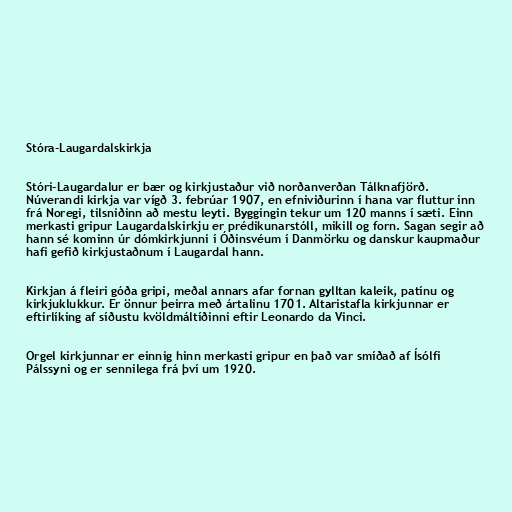
Stóra-Laugardalskirkja

Stóri-Laugardalur er bær og kirkjustaður við norðanverðan Tálknafjörð.
Núverandi kirkja var vígð 3. febrúar 1907, en efniviðurinn í hana var fluttur inn
frá Noregi, tilsniðinn að mestu leyti. Byggingin tekur um 120 manns í sæti. Einn
merkasti gripur Laugardalskirkju er prédikunarstóll, mikill og forn. Sagan segir að
hann sé kominn úr dómkirkjunni í Óðinsvéum í Danmörku og danskur kaupmaður
hafi gefið kirkjustaðnum í Laugardal hann.

Kirkjan á fleiri góða gripi, meðal annars afar fornan gylltan kaleik, patínu og
kirkjuklukkur. Er önnur þeirra með ártalinu 1701. Altaristafla kirkjunnar er
eftirlíking af síðustu kvöldmáltíðinni eftir Leonardo da Vinci.

Orgel kirkjunnar er einnig hinn merkasti gripur en það var smíðað af Ísólfi
Pálssyni og er sennilega frá því um 1920.